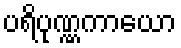
ပရိပုဏ္ဏကာယော